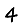
Digit: 4